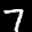
Label: 7